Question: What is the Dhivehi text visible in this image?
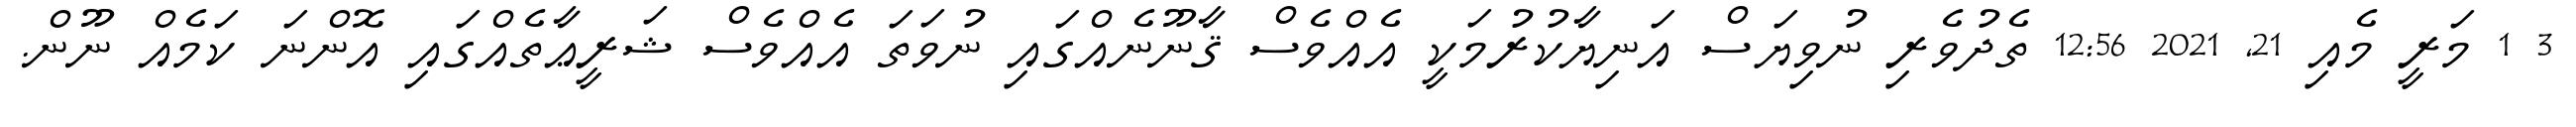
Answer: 3 1 މަރީ މެއި 21, 2021 12:56 ތެދުވެރި ނުވިޔަސް އަނިޔާކުރުމަކީ އެއްވެސް ޤާނޫނެއްގައި ނުވަތަ އެއްވެސް ޝަރީޢާތެއްގައި އޮންނަ ކަމެއް ނޫން.